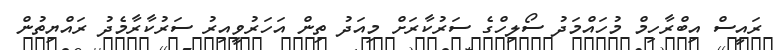
ރައީސް އިބްރާހިމް މުހައްމަދު ސޯލިހްގެ ސަރުކާރަށް މިއަދު ތިން އަހަރުވީއިރު ސަރުކާރާމެދު ރައްޔިތުން